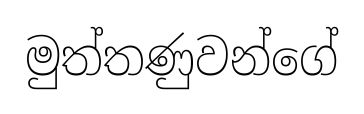
මුත්තණුවන්ගේ